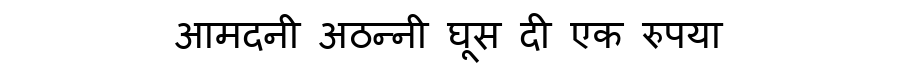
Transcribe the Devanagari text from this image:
आमदनी अठन्नी घूस दी एक रुपया